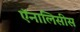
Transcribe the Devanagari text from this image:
ऍनालिसीस